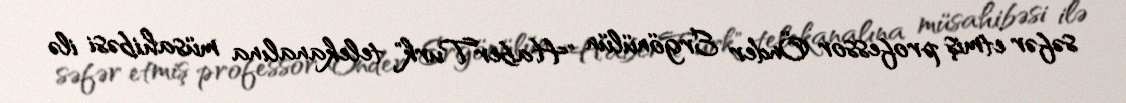
səfər etmiş professor Önder Ergönülün "HaberTurk" telekanalına müsahibəsi ilə